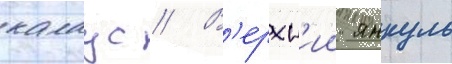
калаус // В'ерхн'ии янкуль